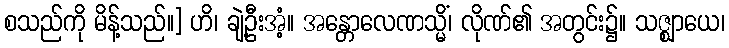
စသည်ကို မိန့်သည်။] ဟိ၊ ချဲ့ဦးအံ့။ အန္တောလေဏသ္မိံ၊ လိုဏ်၏ အတွင်း၌။ သဇ္ဈာယေ၊